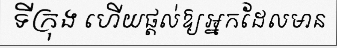
ទីក្រុង ហើយផ្តល់ឱ្យអ្នកដែលមាន